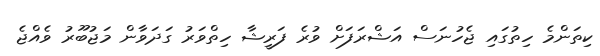
ކިތަންމެ ހިތުގައި ޖެހުނަސް އަޝްރަފަށް ވުރެ ފަރީޝާ ހިތްވަރު ގަދަވާން މަޖުބޫރު ވެއްޖެ